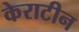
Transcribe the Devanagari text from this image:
केराटीन